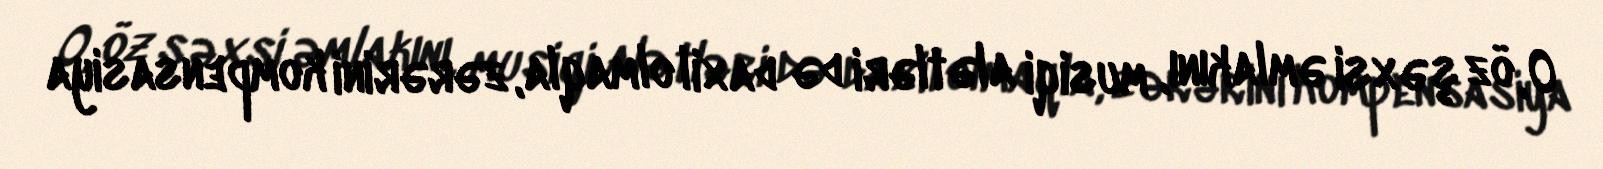
O, öz şəxsi əmlakını, musiqi alətləri də daxil olmaqla, zərərini kompensasiya